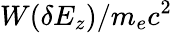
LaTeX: W(\delta E_{z})/m_{e}c^{2}